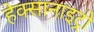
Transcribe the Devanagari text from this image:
हेक्सानाइट्रो